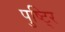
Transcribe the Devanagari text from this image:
पुष्टि्र